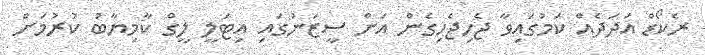
ރެކޯޑް އަދަދެއް ކަމުގައިވާ ޖެހިޖެހިގެން އަށް ސީޒަނުގައި އިޓަލީ ލީގް ކާމިޔާބު ކުރުމަށް